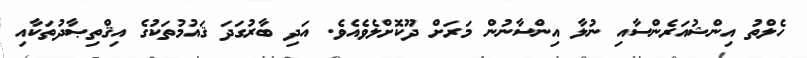
ހެލްތު އިންޝުއަރެންސާއި ނުލާ އިންސާނުން މަރަށް ދޫކޮށްލެވެއެވެ. އަދި ބާރުގަދަ ޤައުމުތަކުގެ އިޤްތިޞާދުތަކާއި